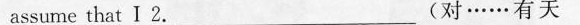
assume that I 2. _ (对……有天